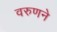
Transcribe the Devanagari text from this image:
वरुणने